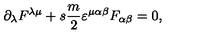
\partial _ { \lambda } F ^ { \lambda \mu } + s \frac { m } { 2 } \varepsilon ^ { \mu \alpha \beta } F _ { \alpha \beta } = 0 ,